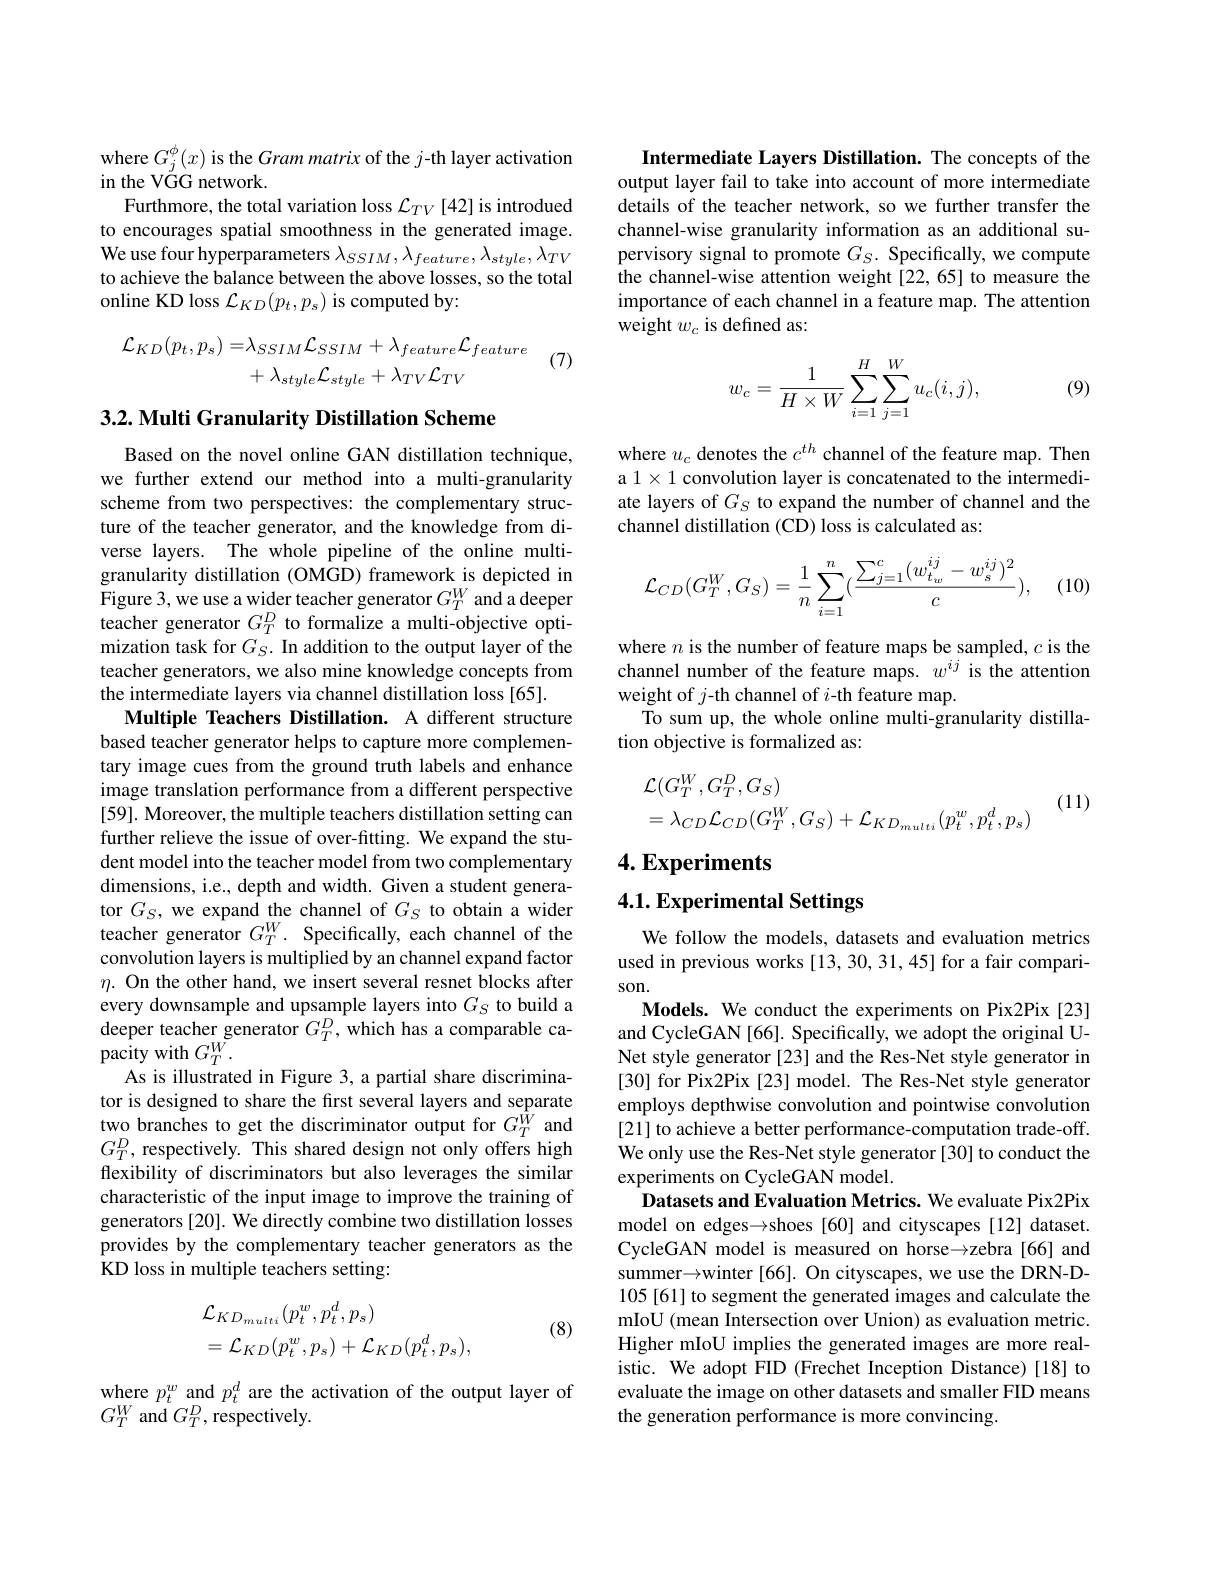
where $G_j^\phi(x)$ is the Gram matrix of the $j$-th layer activation
in the VGG network.
Furthmore, the total variation loss $\mathcal{L}_TV$ [42] is introdued to encourages spatial smoothness in the generated image. We use four hyperparameters $\lambda_SSIM,\lambda_{feature},\lambda_{style},\lambda_{TV}$ to achieve the balance between the above losses, so the total online KD loss $\mathcal{L}_KD(p_t,p_s)$ is computed by:

(7)
$$\mathcal{L}_{KD}(p_{t},p_{s})=\lambda_{SSIM}\mathcal{L}_{SSIM}+\lambda_{feature}\mathcal{L}_{feature}\\+\lambda_{style}\mathcal{L}_{style}+\lambda_{TV}\mathcal{L}_{TV}$$
## 3.2. Multi Granularity Distillation Scheme

Based on the novel online GAN distillation technique, we further extend our method into a multi-granularity scheme from two perspectives: the complementary structure of the teacher generator, and the knowledge from diverse layers. The whole pipeline of the online multigranularity distillation (OMGD) framework is depicted in Figure 3, we use a wider teacher generator $G_T^W$ and a deeper teacher generator $G_T^D$ to formalize a multi-objective optimization task for $G_S. \textbf{ In addition to the output layer of the}$ teacher generators, we also mine knowledge concepts from the intermediate layers via channel distillation loss [65].
Multiple Teachers Distillation. A different structure based teacher generator helps to capture more complementary image cues from the ground truth labels and enhance image translation performance from a different perspective [59]. Moreover, the multiple teachers distillation setting can further relieve the issue of over-fitting. We expand the student model into the teacher model from two complementary dimensions, i.e., depth and width. Given a student generator $G_S$, we expand the channel of $G_S$ to obtain a wider teacher generator $G_T^W.$ Specifically, each channel of the convolution layers is multiplied by an channel expand factor $\eta.$ On the other hand, we insert several resnet blocks after every downsample and upsample layers into $G_S$ to build a deeper teacher generator $G_T^D$, which has a comparable ca- $\hat{\text{pacity with }G_T^W}.$
As is illustrated in Figure 3, a partial share discriminator is designed to share the first several layers and separate two branches to get the discriminator output for $G_T^{\hat{W}}$ and $G_{T}^{D}$, respectively. This shared design not only offers high flexibility of discriminators but also leverages the similar characteristic of the input image to improve the training of generators [20]. We directly combine two distillation losses provides by the complementary teacher generators as the KD loss in multiple teachers setting:
$$\begin{aligned}&\mathcal{L}_{KD_{multi}}(p_{t}^{w},p_{t}^{d},p_{s})\\&=\mathcal{L}_{KD}(p_{t}^{w},p_{s})+\mathcal{L}_{KD}(p_{t}^{d},p_{s}),\end{aligned}$$
(8)

where $p_t^w$ and $p_t^d$ are the activation of the output layer of
$G_{T}^{W}$ and $G_T^D$, respectively

Intermediate Layers Distillation. The concepts of the output layer fail to take into account of more intermediate details of the teacher network, so we further transfer the channel-wise granularity information as an additional supervisory signal to promote $G_S.$ Specifically, we compute the channel-wise attention weight[22,65] to measure the importance of each channel in a feature map. The attention weight $w_c$ is defined as:

(9)
$$w_c=\frac{1}{H\times W}\sum_{i=1}^{H}\sum_{j=1}^{W}u_c(i,j),$$
where $u_c$ denotes the $c^th$ channel of the feature map. Then a 1 × 1 convolution layer is concatenated to the intermediate layers of $G_S$ to expand the number of channel and the channel distillation (CD) loss is calculated as:

(10)
$$\mathcal{L}_{CD}(G_T^W,G_S)=\frac{1}{n}\sum_{i=1}^n(\frac{\sum_{j=1}^c(w_{t_w}^{ij}-w_s^{ij})^2}{c}),$$
where $n$ is the number of feature maps be sampled, $c$ is the channel number of the feature maps. $w^{ij}$ is the attention weight of $j$-th channel of $i$-th feature map.
To sum up, the whole online multi-granularity distilla-
tion objective is formalized as:
$$\begin{aligned}&\mathcal{L}(G_{T}^{W},G_{T}^{D},G_{S})\\&=\lambda_{CD}\mathcal{L}_{CD}(G_{T}^{W},G_{S})+\mathcal{L}_{KD_{multi}}(p_{t}^{w},p_{t}^{d},p_{s})\end{aligned}$$
(11)

$4. \textbf{Experiments}$

# 4.1. Experimental Settings

We follow the models, datasets and evaluation metrics used in previous works [13,30,31,45] for a fair comparison.

Models. We conduct the experiments on Pix2Pix [23] and CycleGAN[66]. Specifically, we adopt the original U-

Net style generator [23] and the Res-Net style generator in [30] for Pix2Pix [23] model. The Res-Net style generator employs depthwise convolution and pointwise convolution [21] to achieve a better performance-computation trade-off. We only use the Res-Net style generator [30] to conduct the experiments on CycleGAN model.
Datasets and Evaluation Metrics. We evaluate Pix2Pix model on edges→shoes [60] and cityscapes [12] dataset. CycleGAN model is measured on horse$\to$zebra[66]and summer→winter [66]. On cityscapes, we use the DRN-D- 105[61] to segment the generated images and calculate the mIoU (mean Intersection over Union) as evaluation metric. Higher mIoU implies the generated images are more realistic. We adopt FID (Frechet Inception Distance)[18] to evaluate the image on other datasets and smaller FID means the generation performance is more convincing